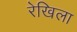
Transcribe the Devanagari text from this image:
रेखिला